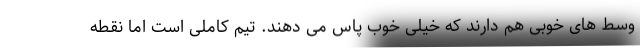
وسط های خوبی هم دارند که خیلی خوب پاس می دهند. تیم کاملی است اما نقطه